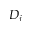
D _ { j }